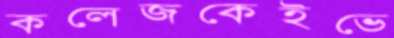
কলেজকেইভে